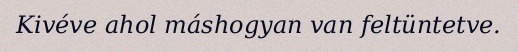
Kivéve ahol máshogyan van feltüntetve.